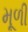
મૂળી